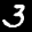
Label: 3